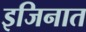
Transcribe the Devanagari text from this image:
इजिनात